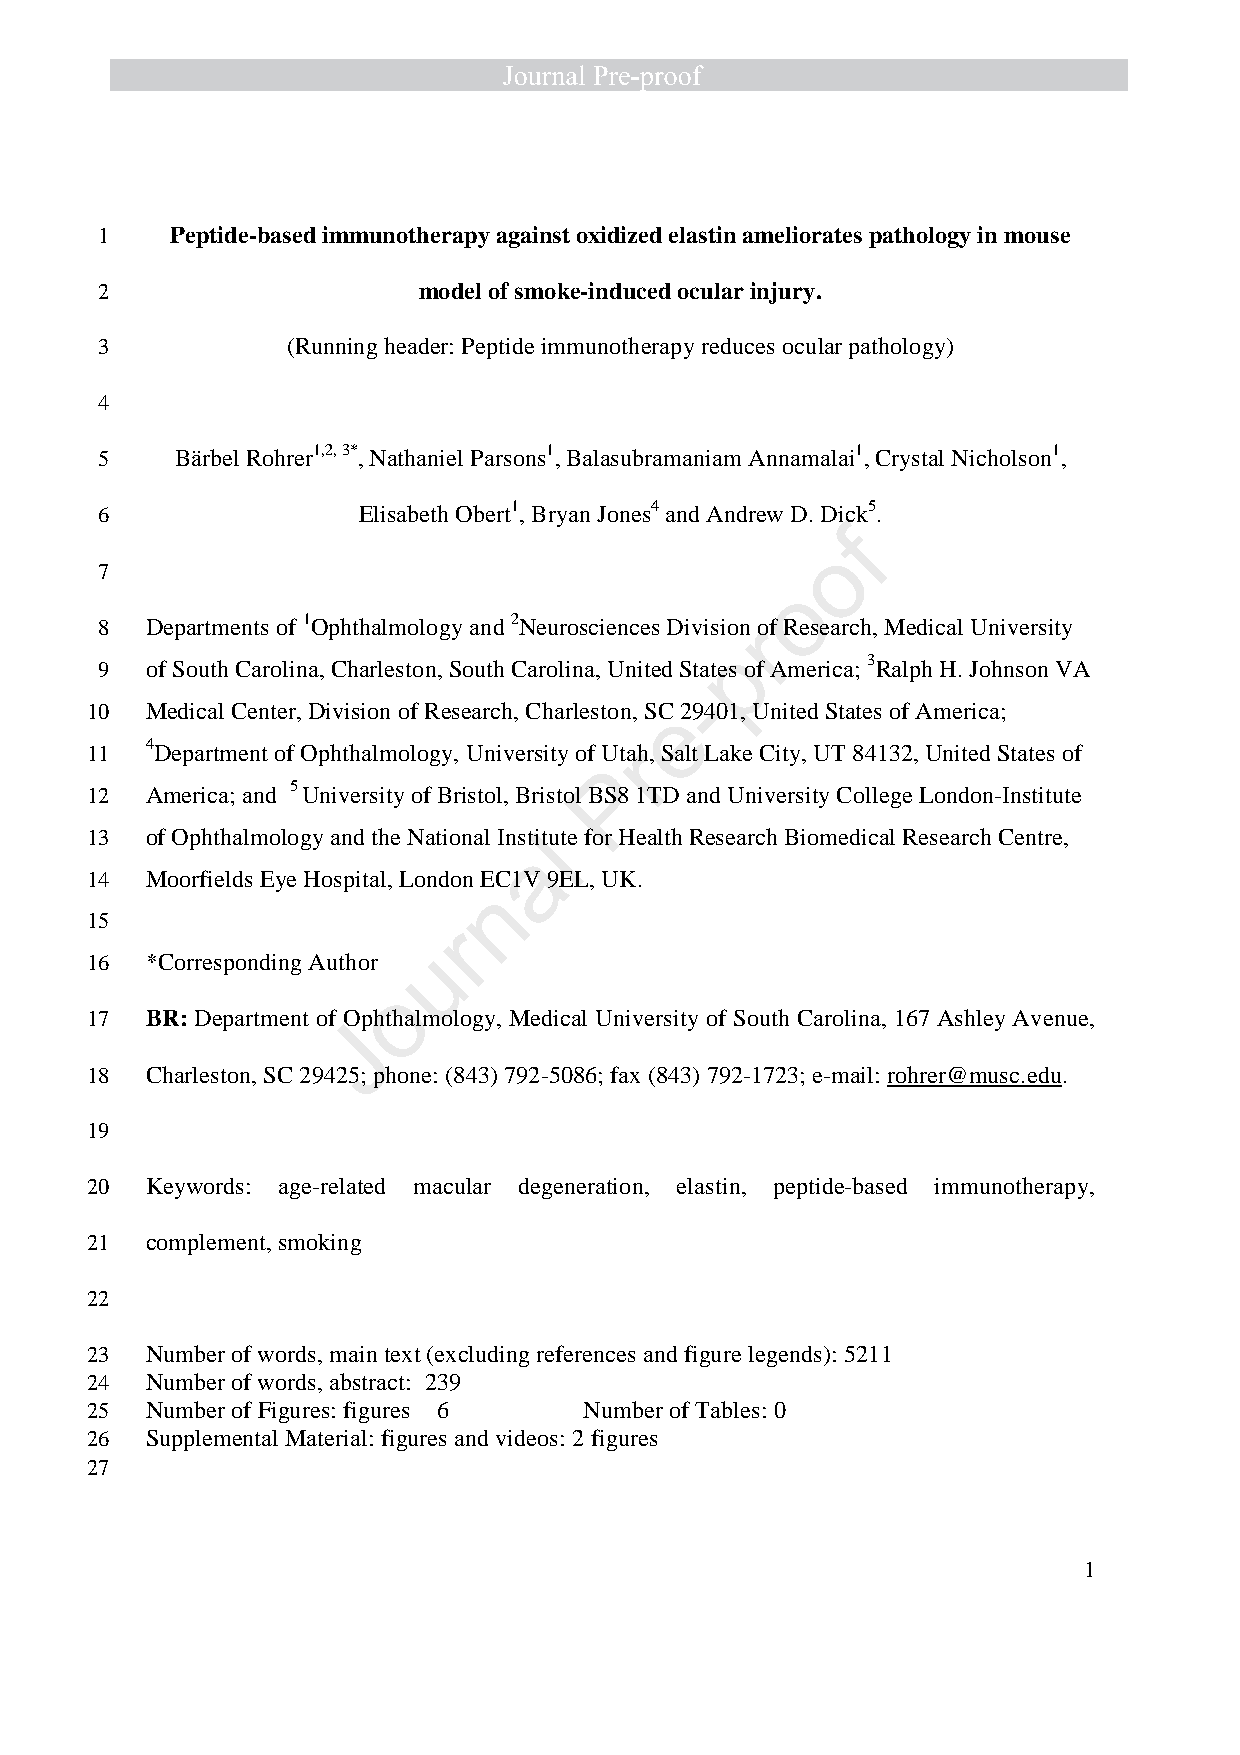
1   Peptide-based immunotherapy against oxidized elastin ameliorates pathology in mouse
 2                    model of smoke-induced ocular injury.
 3           (Running header: Peptide immunotherapy reduces ocular pathology)
 4
 5    Bärbel Rohrer1,2, 3*, Nathaniel Parsons1, Balasubramaniam Annamalai1, Crystal Nicholson1,
 6                Elisabeth Obert1, Bryan Jones4 and Andrew D. Dick5.
 f
 o
 7
 o
 8  Departments of 1Ophthalmology and 2Neurosciences Division rof Research, Medical University
 p
 9  of South Carolina, Charleston, South Carolina, United States of America; 3Ralph H. Johnson VA
 -
 10  Medical Center, Division of Research, Charleston, SCe 29401, United States of America;
 11  4Department of Ophthalmology, University of Utarh, Salt Lake City, UT 84132, United States of
 P
 12  America; and 5 University of Bristol, Bristol BS8 1TD and University College London-Institute
 13  of Ophthalmology and the National Institlute for Health Research Biomedical Research Centre,
 a
 14  Moorfields Eye Hospital, London EC1V 9EL, UK.
 n
 15
 r
 u
 16  *Corresponding Author
 o
 17  BR: Department of Ophthalmology, Medical University of South Carolina, 167 Ashley Avenue,
 J
 18  Charleston, SC 29425; phone: (843) 792-5086; fax (843) 792-1723; e-mail: rohrer@musc.edu.
 19
 20  Keywords: age-related macular degeneration, elastin, peptide-based immunotherapy,
 21  complement, smoking
 22
 23  Number of words, main text (excluding references and figure legends): 5211
 24  Number of words, abstract: 239
 25  Number of Figures: figures 6 Number of Tables: 0
 26  Supplemental Material: figures and videos: 2 figures
 27
 1